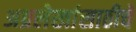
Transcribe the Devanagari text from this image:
अग्रलेखांसाठीचे